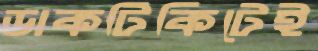
ডাকটিকিটেই